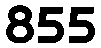
855